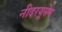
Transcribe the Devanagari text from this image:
नीदरयूसेम